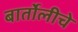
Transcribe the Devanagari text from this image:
बार्तोलीचे